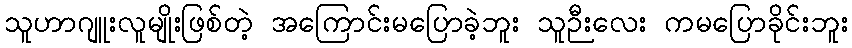
သူဟာဂျူးလူမျိုးဖြစ်တဲ့ အကြောင်းမပြောခဲ့ဘူး သူဉီးလေး ကမပြောခိုင်းဘူး